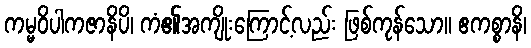
ကမ္မဝိပါကဇာနိပိ၊ ကံ၏အကျိုးကြောင့်လည်း ဖြစ်ကုန်သော။ ဧကစ္စာနိ၊